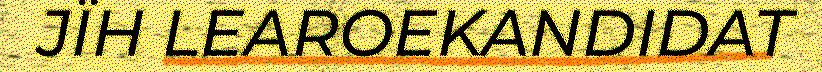
JÏH LEAROEKANDIDAT